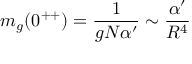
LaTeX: m _ { g } ( 0 ^ { + + } ) = { \frac { 1 } { g N \alpha ^ { \prime } } } \sim { \frac { \alpha ^ { \prime } } { R ^ { 4 } } }